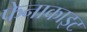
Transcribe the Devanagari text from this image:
फेनाकाइट